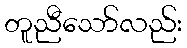
တူညီသော်လည်း